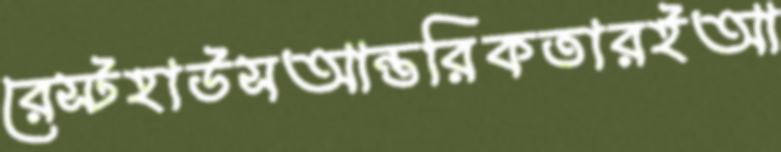
রেস্টহাউসআন্তরিকতারইআ